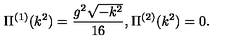
\Pi ^ { ( 1 ) } ( k ^ { 2 } ) = \frac { g ^ { 2 } \sqrt { - k ^ { 2 } } } { 1 6 } , \Pi ^ { ( 2 ) } ( k ^ { 2 } ) = 0 .